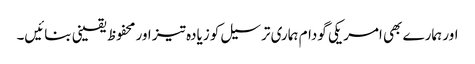
اور ہمارے بھی امریکی گودام ہماری ترسیل کو زیادہ تیز اور محفوظ یقینی بنائیں۔